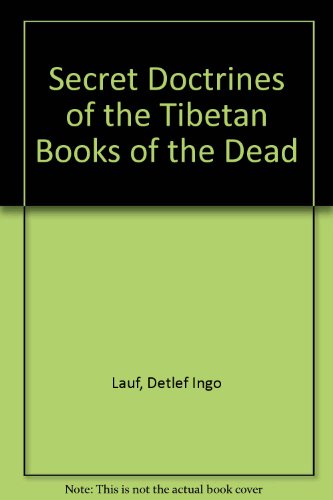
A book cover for Secret Doctrines of the Tibetan Books of the Dead; Detlef Ingo Lauf; Religion & Spirituality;